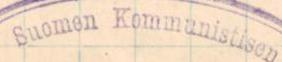
Suomen Kommunistisen